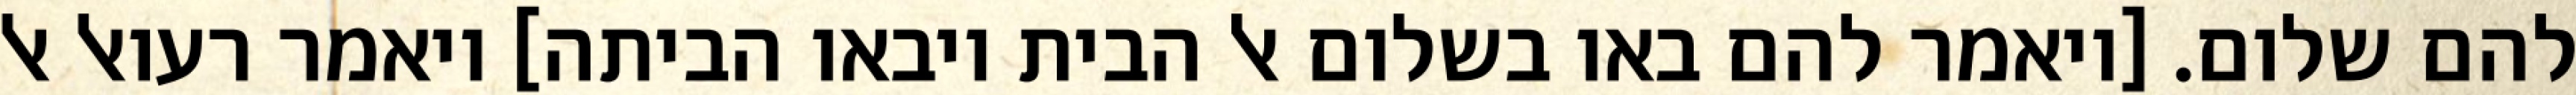
להם שלום. [ויאמר להם באו בשלום אל הבית ויבאו הביתה] ויאמר רעואל אל